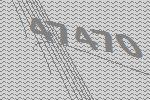
47470